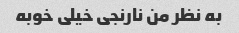
به نظر من نارنجی خیلی خوبه